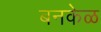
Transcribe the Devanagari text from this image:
बनकेळ